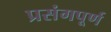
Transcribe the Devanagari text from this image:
प्रसंगपूर्ण